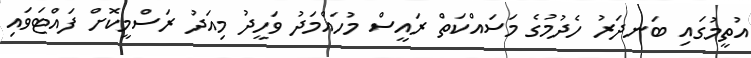
އުތީމުގައި ބަނދަރު ހެދުމުގެ މަސައްކަތް ރައީސް މުހައްމަދު ވަހީދު މިއަދު ރަސްމީކޮށް ފައްޓަވައި